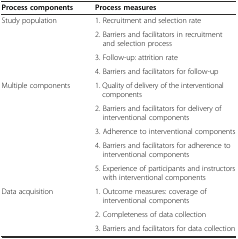
| Process components | Process measures |
 | --- | --- |
 | <ROWSPAN=4> Study population | 1. Recruitment and selection rate |
 | 2. Barriers and facilitators in recruitment and selection process |
 | 3. Follow-up: attrition rate |
 | 4. Barriers and facilitators for follow-up |
 | <ROWSPAN=5> Multiple components | 1. Quality of delivery of the interventional components |
 | 2. Barriers and facilitators for delivery of interventional components |
 | 3. Adherence to interventional components |
 | 4. Barriers and facilitators for adherence to interventional components |
 | 5. Experience of participants and instructors with interventional components |
 | <ROWSPAN=3> Data acquisition | 1. Outcome measures: coverage of interventional components |
 | 2. Completeness of data collection |
 | 3. Barriers and facilitators for data collection |